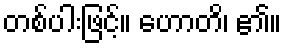
တစ်ပါးဖြင့်။ ဟောတိ၊ ၏။